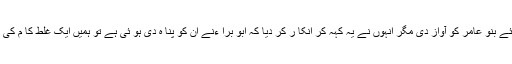
اور اپنی مدد کے لیئے بنو عامر کو آواز دی مگر انہوں نے یہ کہہ کر انکا ر کر دیا کہ ابو برا ءنے ان کو پنا ہ دی ہو ئی ہے تو ہمیں ایک غلط کا م کی طر ف بلا رہا ہے ۔